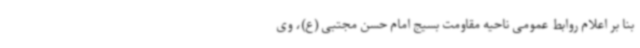
بنا بر اعلام روابط عمومی ناحیه مقاومت بسیج امام حسن مجتبی (ع)، وی